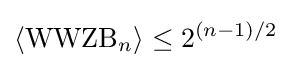
\langle {\text{WWZB}}_{n}\rangle \leq 2^{(n-1)/2}